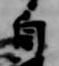
自